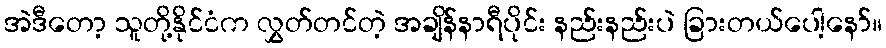
အဲဒီတော့ သူတို့နိုင်ငံက လွှတ်တင်တဲ့ အချိန်နာရီပိုင်း နည်းနည်းပဲ ခြားတယ်ပေါ့နော်။